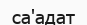
са'адат